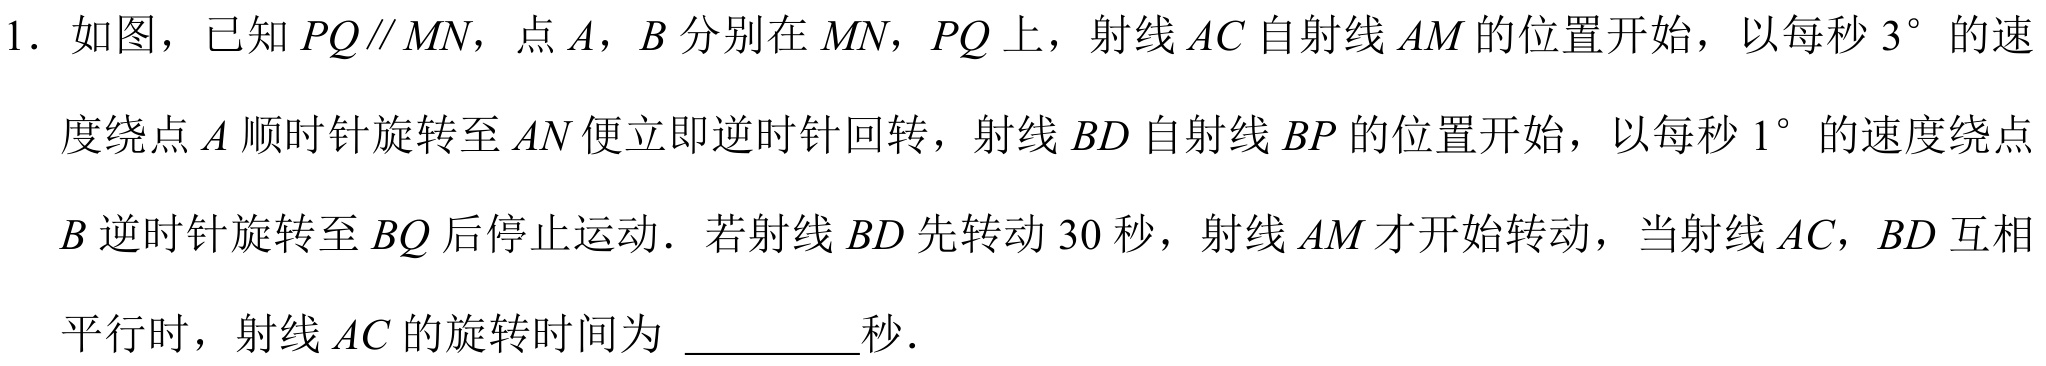
1. 如图，已知 \(PQ\parallel MN\)，点 \(A\)，\(B\) 分别在 \(MN\)，\(PQ\) 上，射线 \(AC\) 自射线 \(AM\) 的位置开始，以每秒 \(3^{\circ}\) 的速
度绕点 \(A\) 顺时针旋转至 \(AN\) 便立即逆时针回转，射线 \(BD\) 自射线 \(BP\) 的位置开始，以每秒 \(1^{\circ}\) 的速度绕点
\(B\) 逆时针旋转至 \(BQ\) 后停止运动．若射线 \(BD\) 先转动 \(30\) 秒，射线 \(AM\) 才开始转动，当射线 \(AC\)，\(BD\) 互相
平行时，射线 \(AC\) 的旋转时间为 ________秒．